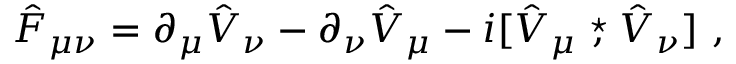
\hat { F } _ { \mu \nu } = \partial _ { \mu } \hat { V } _ { \nu } - \partial _ { \nu } \hat { V } _ { \mu } - i [ \hat { V } _ { \mu } \stackrel { \star } { , } \hat { V } _ { \nu } ] ~ ,